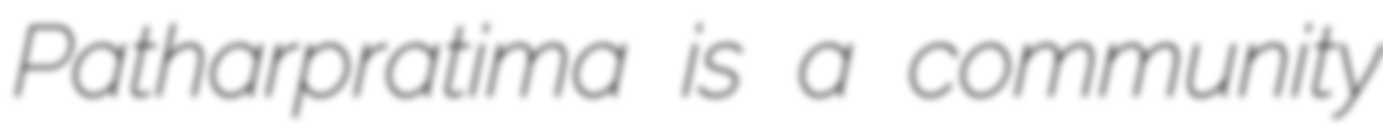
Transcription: Patharpratima is a community